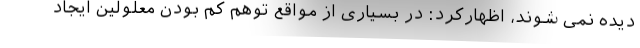
دیده نمی شوند، اظهارکرد: در بسیاری از مواقع توهم کم بودن معلولین ایجاد